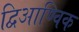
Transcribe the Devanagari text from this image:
द्विआण्विक